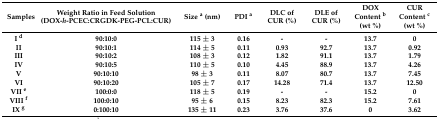
<table><thead><tr><td><b>Samples</b></td><td><b>Weight Ratio in Feed Solution(DOX-<i>h</i>-PCEC:CRGDK-PEG-PCL:CUR)</b></td><td><b>Size <sup>a</sup> (nm)</b></td><td><b>PDI <sup>a</sup></b></td><td><b>DLC of CUR (%)</b></td><td><b>DLE of CUR (%)</b></td><td><b>DOX Content <sup>b</sup> (wt %)</b></td><td><b>CUR Content <sup>c</sup> (wt %)</b></td></tr></thead><tbody><tr><td><b>I <sup>d</sup></b></td><td><b>90:10:0</b></td><td><b>115 ± 3</b></td><td><b>0.16</b></td><td><b>-</b></td><td><b>-</b></td><td><b>13.7</b></td><td><b>0</b></td></tr><tr><td><b>II</b></td><td><b>90:10:1</b></td><td><b>114 ± 5</b></td><td><b>0.11</b></td><td><b>0.93</b></td><td><b>92.7</b></td><td><b>13.7</b></td><td><b>0.92</b></td></tr><tr><td><b>III</b></td><td><b>90:10:2</b></td><td><b>108 ± 3</b></td><td><b>0.12</b></td><td><b>1.82</b></td><td><b>91.1</b></td><td><b>13.7</b></td><td><b>1.79</b></td></tr><tr><td><b>IV</b></td><td><b>90:10:5</b></td><td><b>110 ± 5</b></td><td><b>0.10</b></td><td><b>4.45</b></td><td><b>88.9</b></td><td><b>13.7</b></td><td><b>4.26</b></td></tr><tr><td><b>V</b></td><td><b>90:10:10</b></td><td><b>98 ± 3</b></td><td><b>0.11</b></td><td><b>8.07</b></td><td><b>80.7</b></td><td><b>13.7</b></td><td><b>7.45</b></td></tr><tr><td><b>VI</b></td><td><b>90:10:20</b></td><td><b>105 ± 7</b></td><td><b>0.17</b></td><td><b>14.28</b></td><td><b>71.4</b></td><td><b>13.7</b></td><td><b>12.50</b></td></tr><tr><td><b>VII <sup>e</sup></b></td><td><b>100:0:0</b></td><td><b>118 ± 5</b></td><td><b>0.19</b></td><td><b>-</b></td><td><b>-</b></td><td><b>15.2</b></td><td><b>0</b></td></tr><tr><td><b>VIII <sup>f</sup></b></td><td><b>100:0:10</b></td><td><b>95 ± 6</b></td><td><b>0.15</b></td><td><b>8.23</b></td><td><b>82.3</b></td><td><b>15.2</b></td><td><b>7.61</b></td></tr><tr><td><b>IX <sup>g</sup></b></td><td><b>0:100:10</b></td><td><b>135 ± 11</b></td><td><b>0.23</b></td><td><b>3.76</b></td><td><b>37.6</b></td><td><b>0</b></td><td><b>3.62</b></td></tr></tbody></table>